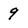
Character: 9